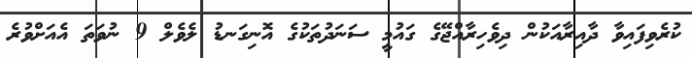
ކުރެވިފައިވާ ދާއިރާއަކުން ދިވެހިރާއްޖޭގެ ގައުމީ ސަނަދުތަކުގެ އޮނިގަނޑު ލެވެލް 9 ނުވަތަ އެއަށްވުރެ